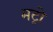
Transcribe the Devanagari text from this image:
मट्रो